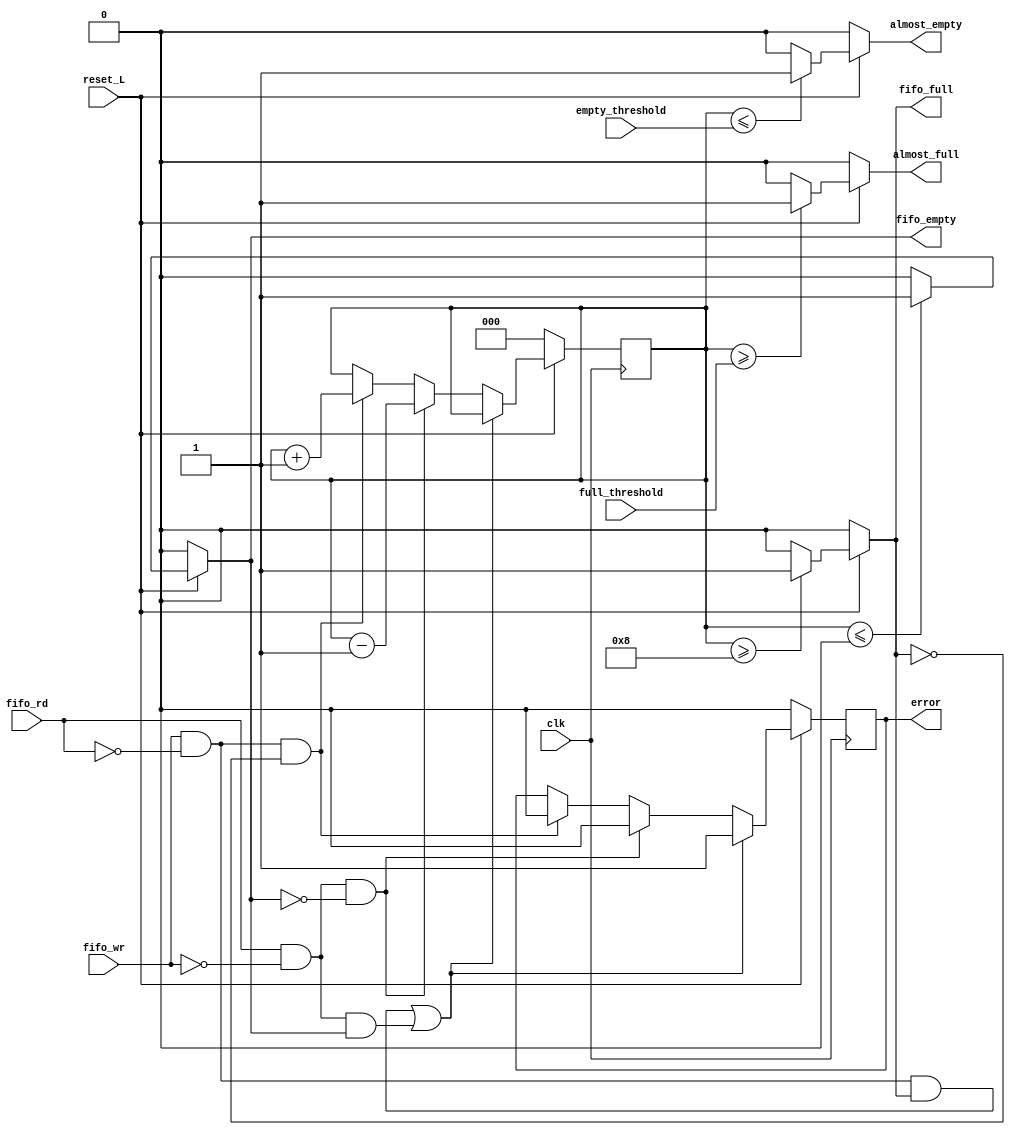
module control_logic 
#(
    parameter MEM_SIZE = 8,   //Tamano de memoria (Cantidad de entradas)
    parameter WORD_SIZE = 10,   //Cantidad de bits
    parameter PTR_L = 3        //Longitud de bits de las senales que son de tamano igual a la cantidad de entradas de la memoria
)
(
    input [PTR_L-1:0] full_threshold,
    input [PTR_L-1:0] empty_threshold,
    input fifo_rd,
    input fifo_wr,
    input clk,
    input reset_L,
    output reg error,
    output reg almost_empty,
    output reg almost_full,
    output reg fifo_full,
    output reg fifo_empty);

reg [PTR_L-1:0] counter;

always @(*) begin
    if (reset_L) begin
        //Se realiza el control de los umbrales de almost_full, en el caso que hayan mas 
        //datos almacenados en memoria que lo que indica el umbral
        if (counter >= full_threshold) begin
            almost_full <= 1;
        end 
        else begin
            almost_full <= 0;
        end
        //Se realiza el control para el caso que hayan menos datos almacenados en memoria
        //que los indicados por el umbral de vacio
        if (counter <= empty_threshold) begin
            almost_empty <= 1;
        end 
        else begin
            almost_empty <= 0;
        end
    end
    else begin
        almost_empty <= 0;
        almost_full <= 0;
    end
end


always @ (posedge clk) begin
    if (!reset_L) begin
        counter <= 0;
        error <= 0;
    end 
    else begin        
        //En esta etapa se realiza el control del error, asi como del contador que administra 
        //la cantidad de datos almacenados en memoria. Ademas se lleva el control de las senales 
        //de memoria llena o memoria vacia.
        if ((fifo_wr && ~fifo_rd && fifo_full) || (fifo_rd && ~fifo_wr && fifo_empty)) begin
            error <= 1;
        end
        else if (fifo_rd && ~fifo_wr && ~fifo_empty) begin
            counter <= counter - 1;
            error <= 0;
        end
        else if (fifo_wr && ~fifo_rd && ~fifo_full) begin
            counter <= counter + 1;
            error <= 0;
        end
        
    end
end

always @(*) begin
    if (reset_L) begin
        if (counter >= MEM_SIZE) begin
            fifo_full = 1;
        end 
        else begin
            fifo_full = 0;
        end
        if (counter <= 0) begin
            fifo_empty <= 1;
        end
        else begin
            fifo_empty = 0;
        end    
    end
    else begin
        fifo_full <= 0;
        fifo_empty <= 0;
    end


end

endmodule